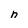
Character: n